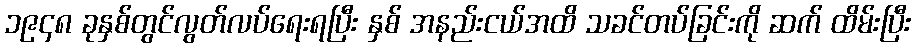
၁၉၄၈ ခုနှစ်တွင်လွတ်လပ်ရေးရပြီး နှစ် အနည်းငယ်အထိ သခင်တပ်ခြင်းကို ဆက် ထိမ်းပြီး